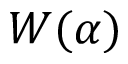
W ( \alpha )